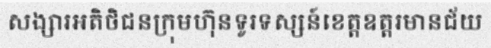
សង្សារអតិថិជនក្រុមហ៊ុនទូរទស្សន៍ខេត្តឧត្តរមានជ័យ